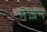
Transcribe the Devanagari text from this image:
मेज़न